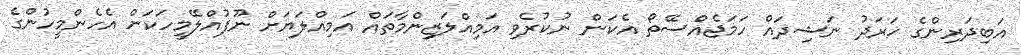
އަބިދަރިންގެ ޚަރަދު ނަޝިދައް ހަމަޖެއްސޭތޯ އެކަން ނުކުރެވި އަމިއްލަޒިންމާތައް އަމިއްލަޔަށް ނޫފުއްލޭމީހަކަށް އެހެންމީހުންގެ